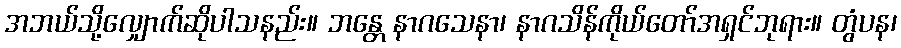
အဘယ်သို့လျှောက်ဆိုပါသနည်း။ ဘန္တေ နာဂသေနာ၊ နာဂသိန်ကိုယ်တော်အရှင်ဘုရား။ တွံပန၊